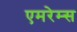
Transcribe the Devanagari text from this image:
एमरेम्स